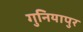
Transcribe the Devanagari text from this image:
गुनियापुर